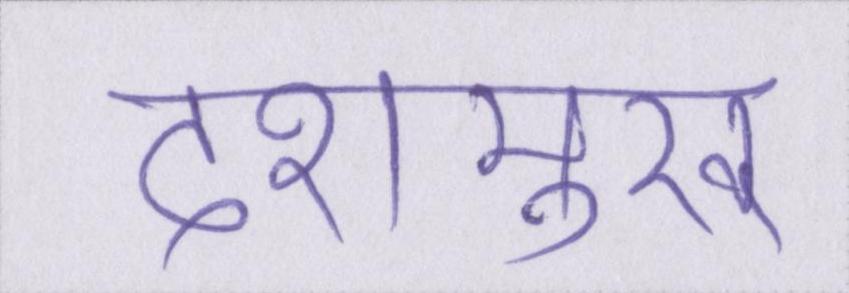
देशमुख